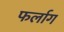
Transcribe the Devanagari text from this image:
फर्लाग